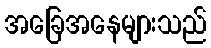
အခြေအနေများသည်